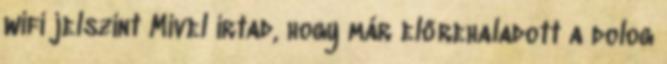
wifi jelszint Mivel írtad, hogy már előrehaladott a dolog